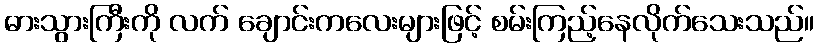
ဓားသွားကြီးကို လက် ချောင်းကလေးများဖြင့် စမ်းကြည့်နေလိုက်သေးသည်။